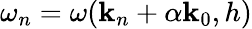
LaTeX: \omega_{n}=\omega(\mathbf{k}_{n}+\alpha\mathbf{k}_{0},h)